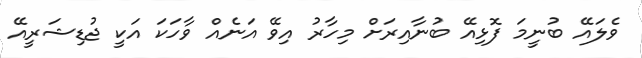
ވެލައޭ ބުނީމަ ފޮޅިއޭ ބުނާއިރަށް މިހާރު އިވޭ އަނެއް ވާހަކަ އަކީ ޖުޑިޝަރީއޭ